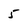
Character: 5